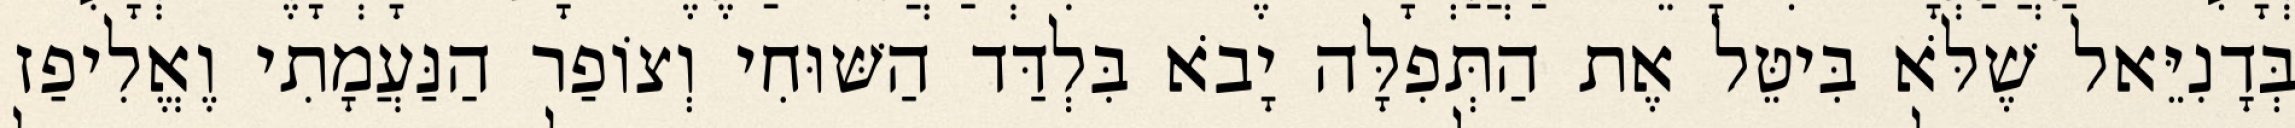
בְּדָנִיֵּאל שֶׁלֹּא בִּיטֵּל אֶת הַתְּפִלָּה יָבֹא בִּלְדַּד הַשּׁוּחִי וְצוֹפַר הַנַּעֲמָתִי וֶאֱלִיפַז